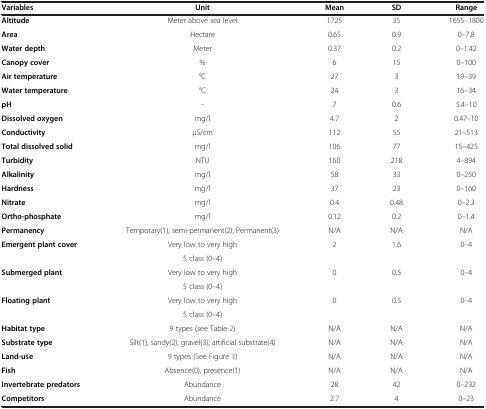
| Variables | Unit | Mean | SD | Range |
 | --- | --- | --- | --- | --- |
 | Altitude | Meter above sea level | 1725 | 35 | 1655–1800 |
 | Area | Hectare | 0.65 | 0.9 | 0–7.8 |
 | Water depth | Meter | 0.37 | 0.2 | 0–1.42 |
 | Canopy cover | % | 6 | 15 | 0–100 |
 | Air temperature | °C | 27 | 3 | 19–39 |
 | Water temperature | °C | 24 | 3 | 16–34 |
 | pH | - | 7 | 0.6 | 5.4–10 |
 | Dissolved oxygen | mg/l | 4.7 | 2 | 0.47–10 |
 | Conductivity | μS/cm | 112 | 55 | 21–513 |
 | Total dissolved solid | mg/l | 106 | 77 | 15–425 |
 | Turbidity | NTU | 160 | 218 | 4–894 |
 | Alkalinity | mg/l | 58 | 33 | 0–250 |
 | Hardness | mg/l | 37 | 23 | 0–160 |
 | Nitrate | mg/l | 0.4 | 0.48 | 0–2.3 |
 | Ortho-phosphate | mg/l | 0.12 | 0.2 | 0–1.4 |
 | Permanency | Temporary(1), semi-permanent(2), Permanent(3) | N/A | N/A | N/A |
 | <ROWSPAN=2> Emergent plant cover | Very low to very high | <ROWSPAN=2> 2 | <ROWSPAN=2> 1.6 | <ROWSPAN=2> 0–4 |
 | 5 class (0–4) |
 | <ROWSPAN=2> Submerged plant | Very low to very high | <ROWSPAN=2> 0 | <ROWSPAN=2> 0.5 | <ROWSPAN=2> 0–4 |
 | 5 class (0–4) |
 | <ROWSPAN=2> Floating plant | Very low to very high | <ROWSPAN=2> 0 | <ROWSPAN=2> 0.5 | <ROWSPAN=2> 0–4 |
 | 5 class (0–4) |
 | Habitat type | 9 types (see Table 2) | N/A | N/A | N/A |
 | Substrate type | Silt(1), sandy(2), gravel(3), artificial substrate(4) | N/A | N/A | N/A |
 | Land-use | 9 types (See Figure 3) | N/A | N/A | N/A |
 | Fish | Absence(0), presence(1) | N/A | N/A | N/A |
 | Invertebrate predators | Abundance | 28 | 42 | 0–232 |
 | Competitors | Abundance | 2.7 | 4 | 0–23 |